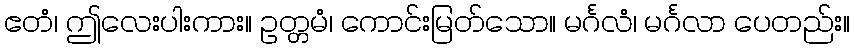
ဧတံ၊ ဤလေးပါးကား။ ဥတ္တမံ၊ ကောင်းမြတ်သော။ မင်္ဂလံ၊ မင်္ဂလာ ပေတည်း။